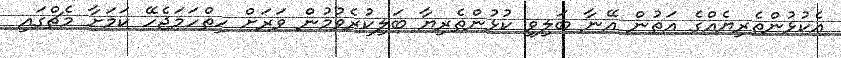
އެކުޅުންތެރިޔެއްގެ އަތުން އޭނާ ބަލިވި ކުޅުންތެރިޔާ ބަލިކުރެވުމުން ވަރަށް ހިތްހަމަޖެހޭ ކަމަށާ މެޗްގައި